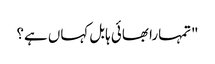
"تمہارا بھائی ہابل کہاں ہے؟